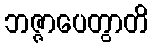
ဘဇ္ဇာပေတွာတိ